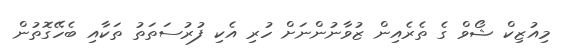
މިއުޒިކް ޝޯވް ގެ ތެރެއިން ޒުވާނުންނަށް ހުރި އެކި ފުރުސަތަތު ތަކާއި ބެހޭގޮތުން